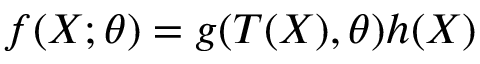
f ( X ; \theta ) = g ( T ( X ) , \theta ) h ( X )